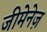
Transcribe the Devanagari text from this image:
जीमेनेज़